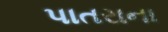
પાતરાના